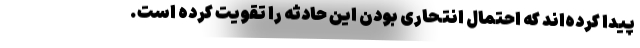
پیدا کرده‌اند که احتمال انتحاری بودن این حادثه را تقویت کرده است.